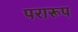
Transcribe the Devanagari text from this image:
परारूप